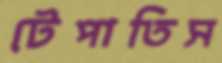
টেপাতিস